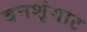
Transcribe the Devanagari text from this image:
वनशृंगाट